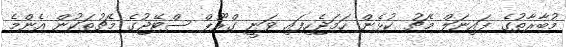
މުބާރާތުގެ ފައިނަލް މެޗު ކުޅެން ހަމަޖެހިފައި ވަނީ ގްރޫޕް ސްޓޭޖުގެ މެޗުތަކުން އެންމެ